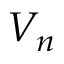
V _ { n }